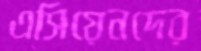
এসিয়েনদের